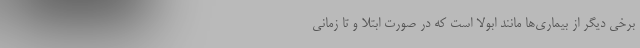
برخی دیگر از بیماری‌ها مانند ابولا است که در صورت ابتلا و تا زمانی